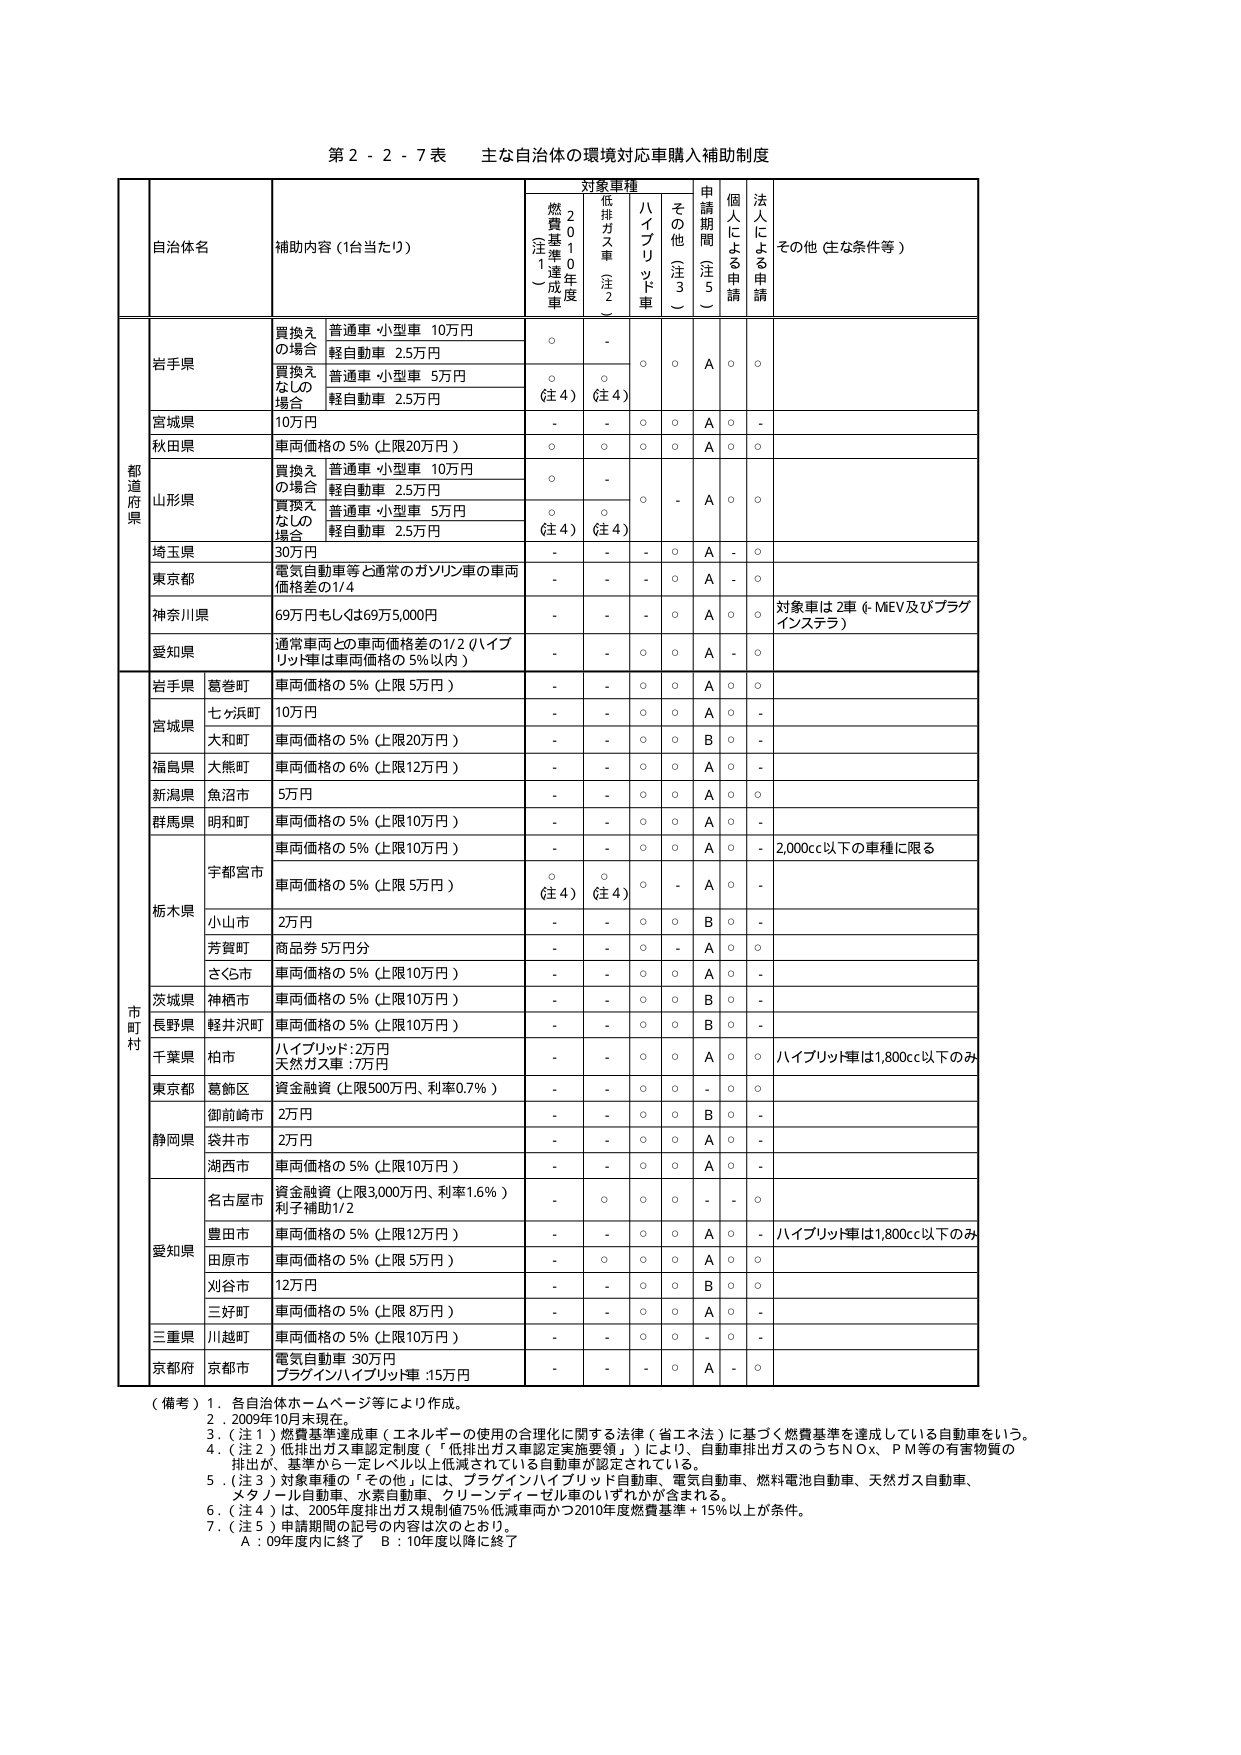
第２－２－７表 主な自治体の環境対応車購入補助制度

対象車種
申請期間（注５）
個人による申請
法人による申請
その他（主な条件等）

自治体名
補助内容（1台当たり）
燃費基準達成車（注１）
2010年度
低排出ガス車（注２）
ハイブリッド車
その他（注３）

都道府県

岩手県
買換えの場合
普通車・小型車 10万円
軽自動車 2.5万円
○
-
○
○
A
○
○

買換えなしの場合
普通車・小型車 5万円
軽自動車 2.5万円
○（注４）
○（注４）
○
A
○

宮城県
10万円
-
-
○
○
A
○
-

秋田県
車両価格の5％（上限20万円）
○
○
○
○
A
○
○

山形県
買換えの場合
普通車・小型車 10万円
軽自動車 2.5万円
○
-
○
-
A
○
○

買換えなしの場合
普通車・小型車 5万円
軽自動車 2.5万円
○（注４）
○（注４）
○
A
○

埼玉県
30万円
-
-
-
○
A
-
○

東京都
電気自動車等と通常のガソリン車の車両価格差の1/4
-
-
-
○
A
-
○

神奈川県
69万円もしくは69万5,000円
-
-
-
○
A
○
対象車は2車（MEV及びプラグインステラ）

愛知県
通常車両との車両価格差の1/2（ハイブリッド車は車両価格の5％以内）
-
-
○
○
A
-
○

市町村

岩手県 葛巻町
車両価格の5％（上限5万円）
-
-
○
○
A
○
○

宮城県 七ヶ浜町
10万円
-
-
○
○
A
○
-

大和町
車両価格の5％（上限20万円）
-
-
○
○
B
○
-

福島県 大熊町
車両価格の6％（上限12万円）
-
-
○
○
A
○
-

新潟県 魚沼市
5万円
-
-
○
○
A
○
○

群馬県 明和町
車両価格の5％（上限10万円）
-
-
○
○
A
○
-

栃木県
宇都宮市
車両価格の5％（上限10万円）
-
-
○
○
A
○
2,000cc以下の車種に限る

車両価格の5％（上限5万円）
○（注４）
○（注４）
○
-
A
○
-

小山市
2万円
-
-
○
○
B
○
-

芳賀町
商品券5万円分
-
-
○
-
A
○
○

さくら市
車両価格の5％（上限10万円）
-
-
○
○
A
○
-

茨城県 神栖市
車両価格の5％（上限10万円）
-
-
○
○
B
○
-

長野県 軽井沢町
車両価格の5％（上限10万円）
-
-
○
○
B
○
-

千葉県 柏市
ハイブリッド：2万円
天然ガス車：7万円
-
-
○
○
A
○
ハイブリッド車は1,800cc以下のみ

東京都 葛飾区
資金融資（上限500万円、利率0.7％）
-
-
○
○
-
○
○

静岡県 御前崎市
2万円
-
-
○
○
B
○
-

袋井市
2万円
-
-
○
○
A
○
-

湖西市
車両価格の5％（上限10万円）
-
-
○
○
A
○
-

愛知県 名古屋市
資金融資（上限3,000万円、利率1.6％）
利子補助1/2
-
○
○
○
-
○

豊田市
車両価格の5％（上限12万円）
-
-
○
○
A
○
ハイブリッド車は1,800cc以下のみ

田原市
車両価格の5％（上限5万円）
-
○
○
○
A
○
○

刈谷市
12万円
-
-
○
○
B
○
○

三好町
車両価格の5％（上限8万円）
-
-
○
○
A
○
-

三重県 川越町
車両価格の5％（上限10万円）
-
-
○
○
-
○
-

京都府 京都市
電気自動車 30万円
プラグインハイブリッド車：15万円
-
-
-
○
A
-
○

（備考）
１．各自治体ホームページ等により作成。
２．2009年10月末現在。
３．（注１）燃費基準達成車（エネルギーの使用の合理化に関する法律（省エネ法）に基づく燃費基準を達成している自動車をいう。
４．（注２）低排出ガス車認定制度（「低排出ガス車認定実施要領」）により、自動車排出ガスのうちNOx、PM等の有害物質の排出が、基準から一定レベル以上低減されている自動車が認定されている。
５．（注３）対象車種の「その他」には、プラグインハイブリッド自動車、電気自動車、燃料電池自動車、天然ガス自動車、メタノール自動車、水素自動車、クリーンディーゼル車のいずれかが含まれる。
６．（注４）は、2005年度排出ガス規制値75％低減車両かつ2010年度燃費基準＋15％以上が条件。
７．（注５）申請期間の記号の内容は次のとおり。
　　Ａ：09年度内に終了　Ｂ：10年度以降に終了